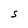
Character: S